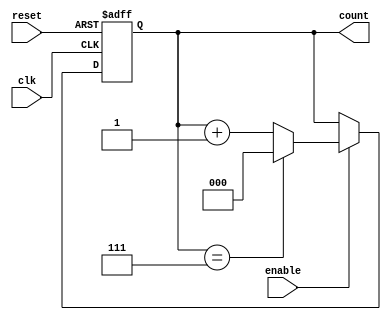
`timescale 1ns / 1ps



module CounterNBitMod #(parameter x = 3,  parameter n = 8)(
    input clk,     
    input reset,    // Asynchronous reset
    input enable,   // Synchronous enable
    output reg [x-1:0] count  
);
always @(posedge clk or posedge reset) begin
    if (reset == 1) begin
        count <= 0;   // Reset the counter
    end
    else if (enable == 1) begin
        if (count == n - 1) begin
            count <= 0;   // Reset the counter when it reaches n-1
        end
        else begin
            count <= count + 1;  
        end
    end
end

endmodule